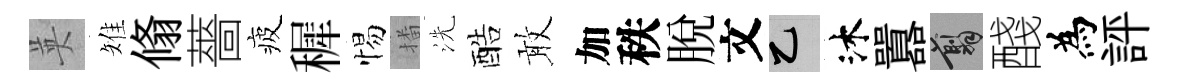
英雉翛薔疲穉惕播洗酷敢加秩脱文乙沐囂翦醆為評